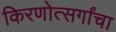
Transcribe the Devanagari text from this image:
किरणोत्सर्गांचा